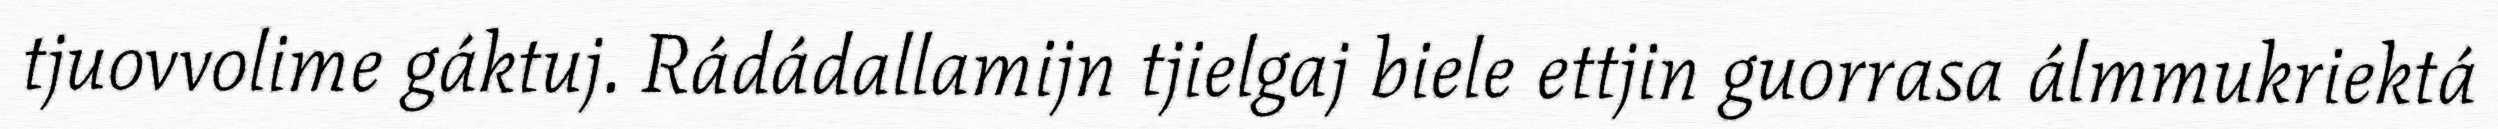
tjuovvolime gáktuj. Rádádallamijn tjielgaj biele ettjin guorrasa álmmukriektá